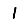
Digit: 1